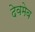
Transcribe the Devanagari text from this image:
देवमेव